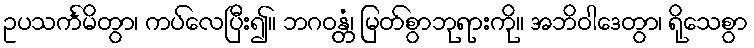
ဥပသင်္ကမိတွာ၊ ကပ်လေပြီး၍။ ဘဂဝန္တံ၊ မြတ်စွာဘုရားကို။ အဘိဝါဒေတွာ၊ ရိုသေစွာ